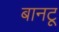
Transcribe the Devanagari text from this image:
बानटू